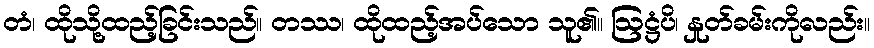
တံ၊ ထိုသို့ထည့်ခြင်းသည်။ တဿ၊ ထိုထည့်အပ်သော သူ၏။ ဩဋ္ဌံပိ၊ နှုတ်ခမ်းကိုလည်း။